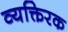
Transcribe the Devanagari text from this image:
व्यक्तिरक